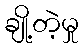
ချို့တဲ့မှု